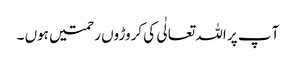
آ پ پر اللہ تعالٰی کی کروڑوں رحمتیں ہوں ۔